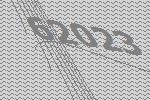
62023